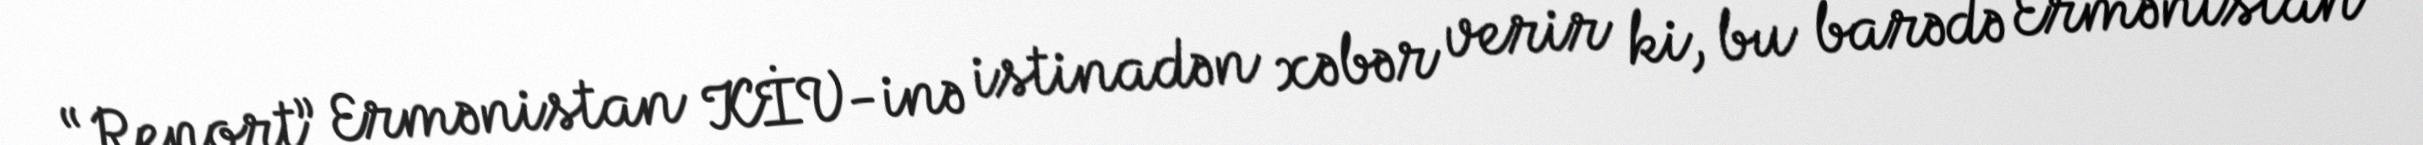
“Report” Ermənistan KİV-inə istinadən xəbər verir ki, bu barədə Ermənistan